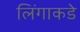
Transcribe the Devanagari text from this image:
लिंगाकडे